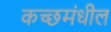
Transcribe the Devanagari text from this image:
कच्छमंधील